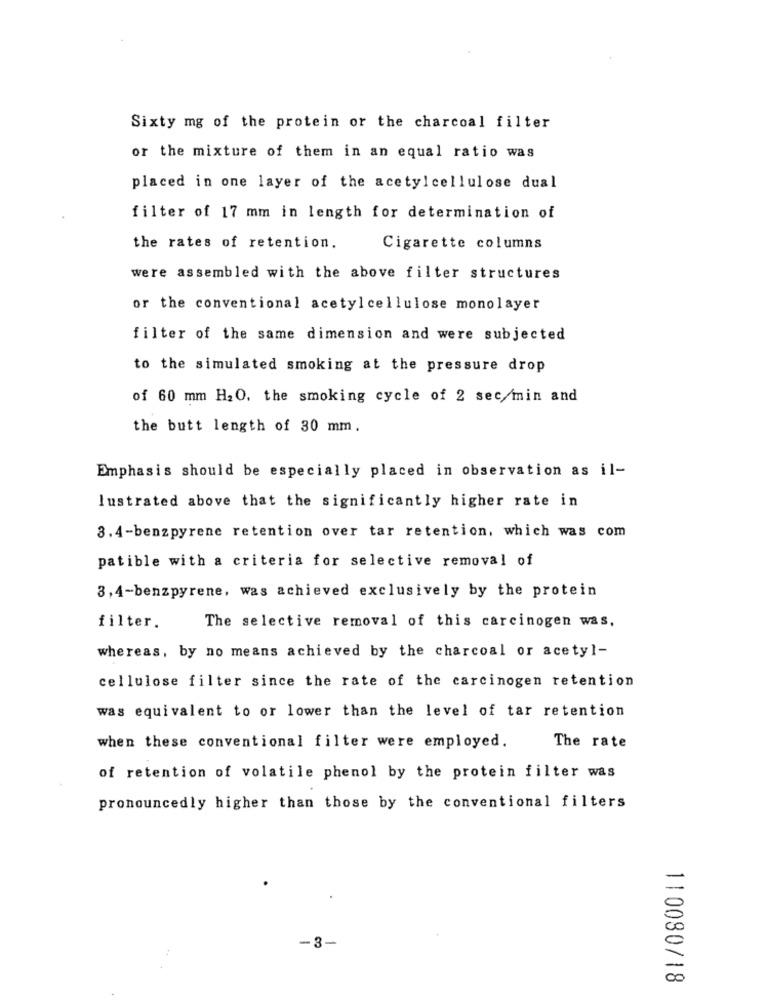
Sixty mg of the protein or the charcoal filter
or the mixture of them in an equal ratio was
placed in one layer of the acetylcellulose dual
filter of 17 mm in length for determination of
the rates of retention.
Cigarette columns
were assembled with the above filter structures
or the conventional acetylcellulose monolayer
filter of the same dimension and were subjected
to the simulated smoking at the pressure drop
of 60 mm H2 O. the smoking cycle of 2 sec/min and
the butt length of 30 mm.
Emphasis should be especially placed in observation as il-
lustrated above that the significantly higher rate in
3.4-benzpyrene retention over tar retention, which was com
patible with a criteria for selective removal of
3,4-benzpyrene, was achieved exclusively by the protein
filter.
The selective removal of this carcinogen was.
whereas, by no means achieved by the charcoal or acetyl-
cellulose filter since the rate of the carcinogen retention
was equivalent to or lower than the level of tar retention
when these conventional filter were employed.
The rate
of retention of volatile phenol by the protein filter was
pronouncedly higher than those by the conventional filters
50
.3-
-
110080/18